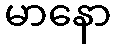
မာနော